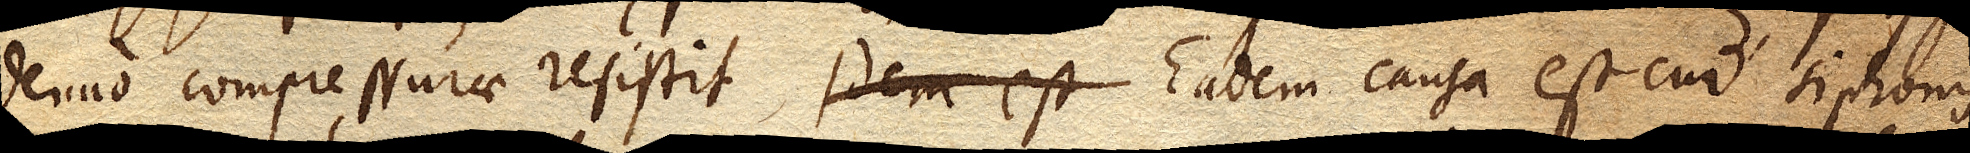
denuo compressurae resistit. Eadem causa est cur siphonis